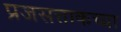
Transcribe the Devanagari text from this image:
प्रजसत्ताकच्या